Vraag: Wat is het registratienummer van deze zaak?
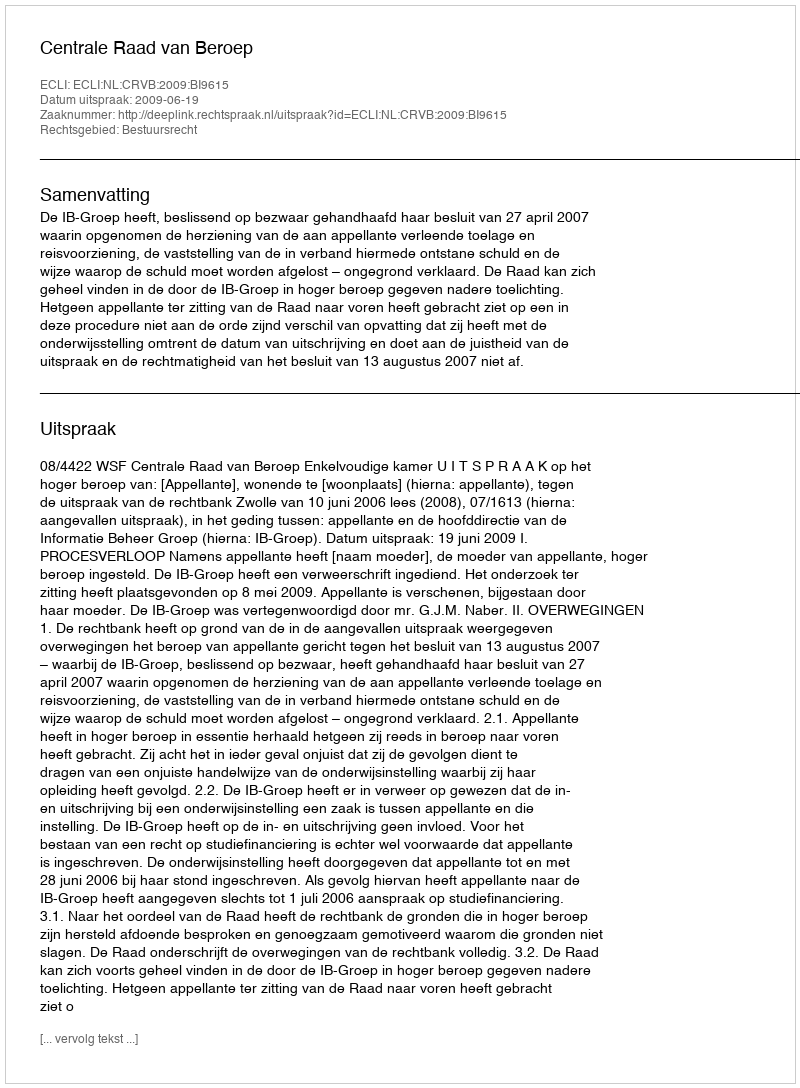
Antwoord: http://deeplink.rechtspraak.nl/uitspraak?id=ECLI:NL:CRVB:2009:BI9615